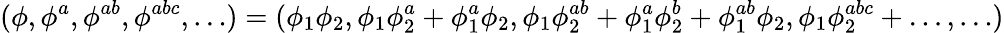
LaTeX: (\phi,\phi^{a},\phi^{ab},\phi^{abc},\ldots)=(\phi_{1}\phi_{2},\phi_{1}\phi_{2}^{a}+\phi_{1}^{a}\phi_{2},\phi_{1}\phi_{2}^{ab}+\phi_{1}^{a}\phi_{2}^{b}+\phi_{1}^{ab}\phi_{2},\phi_{1}\phi_{2}^{abc}+\ldots,\ldots)